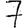
Digit: 7